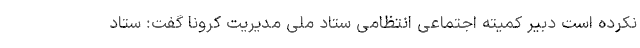
نکرده است دبیر کمیته اجتماعی انتظامی ستاد ملی مدیریت کرونا گفت: ستاد